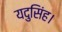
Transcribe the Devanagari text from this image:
यदुसिंह।